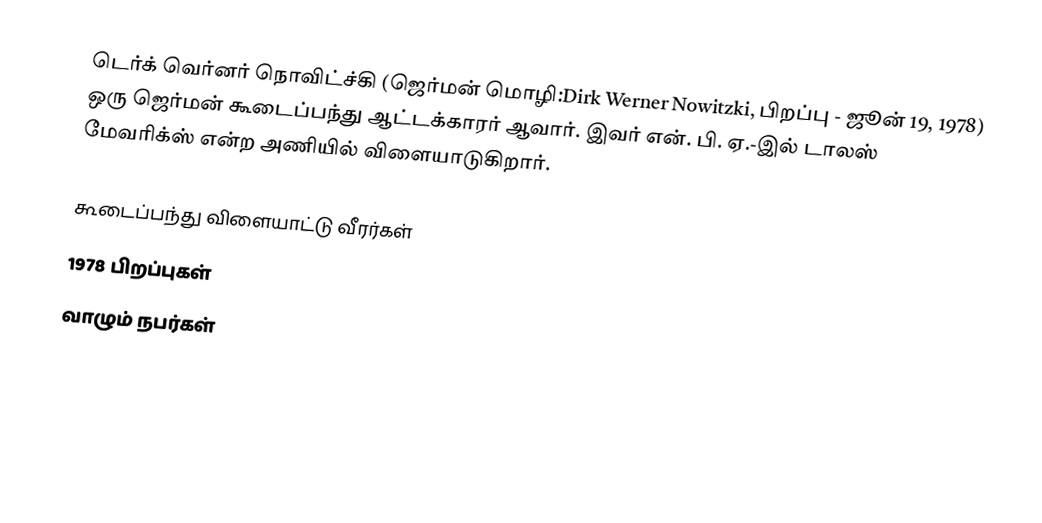
டெர்க் வெர்னர் நொவிட்ச்கி (ஜெர்மன் மொழி:Dirk Werner Nowitzki, பிறப்பு - ஜூன் 19, 1978) ஒரு ஜெர்மன் கூடைப்பந்து ஆட்டக்காரர் ஆவார். இவர் என். பி. ஏ.-இல் டாலஸ் மேவரிக்ஸ் என்ற அணியில் விளையாடுகிறார்.

கூடைப்பந்து விளையாட்டு வீரர்கள்
1978 பிறப்புகள்
வாழும் நபர்கள்